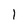
Character: 1